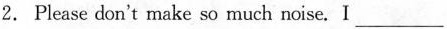
2. Please don't make so much noise. I ___